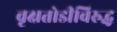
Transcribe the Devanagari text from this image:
वृक्षतोडीविरुद्ध